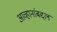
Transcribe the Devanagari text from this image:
आव्हानांबद्दल